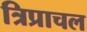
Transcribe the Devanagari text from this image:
त्रिप्राचल